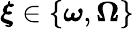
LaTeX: \boldsymbol{\xi}\in\{ \boldsymbol{\omega},\boldsymbol{\Omega}\}